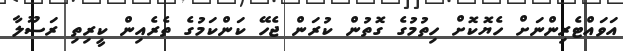
އަވައްޓެރިންނަށް ހެޔޮކޮށް ހިތުމުގެ ގޮތުން ކުރަން ޖެހޭ ކަންކަމުގެ ތެރެއިން ކީރިތި ރަސޫލާ